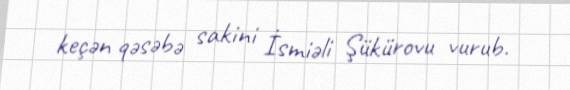
keçən qəsəbə sakini İsmiəli Şükürovu vurub.